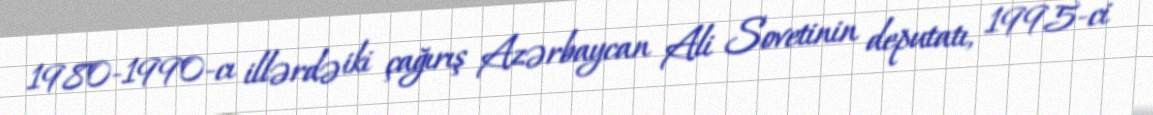
1980-1990-cı illərdə iki çağırış Azərbaycan Ali Sovetinin deputatı, 1995-ci